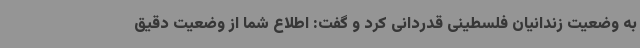
به وضعیت زندانیان فلسطینی قدردانی کرد و گفت: اطلاع شما از وضعیت دقیق